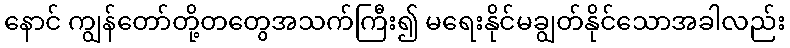
နောင် ကျွန်တော်တို့တတွေအသက်ကြီး၍ မရေးနိုင်မချွတ်နိုင်သောအခါလည်း